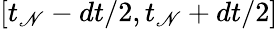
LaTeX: [t_{\mathscr{N}}-dt/2,t_{\mathscr{N}}+dt/2]